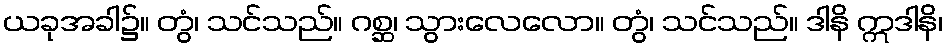
ယခုအခါ၌။ တွံ၊ သင်သည်။ ဂစ္ဆ၊ သွားလေလော။ တွံ၊ သင်သည်။ ဒါနိ ဣဒါနိ၊